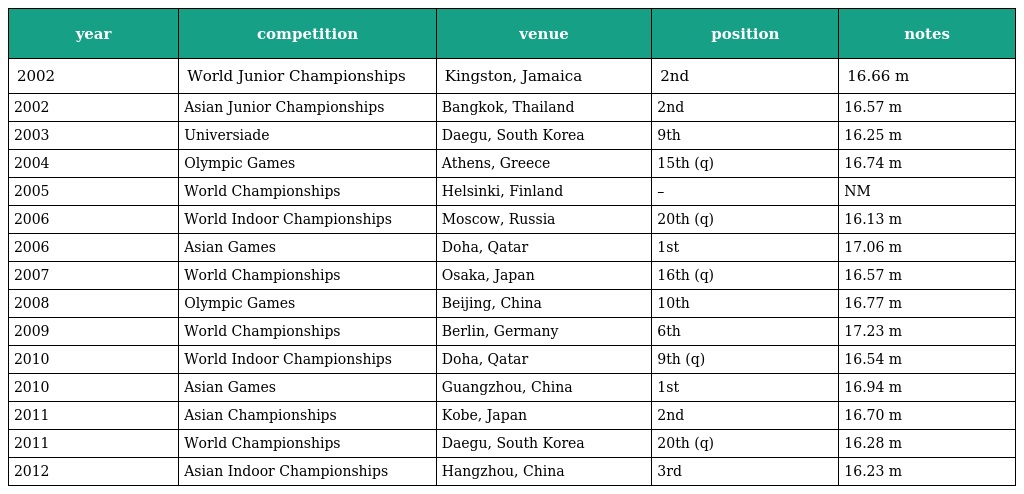
| year | competition | venue | position | notes |
 | --- | --- | --- | --- | --- |
 | 2002 | World Junior Championships | Kingston, Jamaica | 2nd | 16.66 m |
 | 2002 | Asian Junior Championships | Bangkok, Thailand | 2nd | 16.57 m |
 | 2003 | Universiade | Daegu, South Korea | 9th | 16.25 m |
 | 2004 | Olympic Games | Athens, Greece | 15th (q) | 16.74 m |
 | 2005 | World Championships | Helsinki, Finland | – | NM |
 | 2006 | World Indoor Championships | Moscow, Russia | 20th (q) | 16.13 m |
 | 2006 | Asian Games | Doha, Qatar | 1st | 17.06 m |
 | 2007 | World Championships | Osaka, Japan | 16th (q) | 16.57 m |
 | 2008 | Olympic Games | Beijing, China | 10th | 16.77 m |
 | 2009 | World Championships | Berlin, Germany | 6th | 17.23 m |
 | 2010 | World Indoor Championships | Doha, Qatar | 9th (q) | 16.54 m |
 | 2010 | Asian Games | Guangzhou, China | 1st | 16.94 m |
 | 2011 | Asian Championships | Kobe, Japan | 2nd | 16.70 m |
 | 2011 | World Championships | Daegu, South Korea | 20th (q) | 16.28 m |
 | 2012 | Asian Indoor Championships | Hangzhou, China | 3rd | 16.23 m |